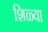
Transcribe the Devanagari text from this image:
शिळ्या